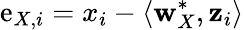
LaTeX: \mathrm{e}_{X,i}=x_{i}-\langle\mathbf{{w}}_{X}^{*},\mathbf{{z}}_{i}\rangle